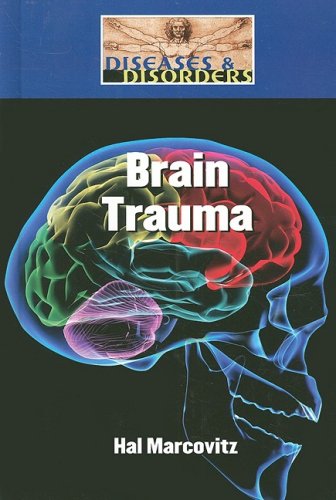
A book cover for Brain Trauma (Diseases and Disorders); Hal Marcovitz; Teen & Young Adult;